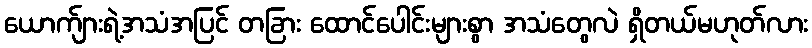
ယောက်ျားရဲ့အသံအပြင် တခြား ထောင်ပေါင်းများစွာ အသံတွေလဲ ရှိတယ်မဟုတ်လား